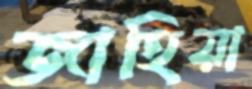
জাহিয়া